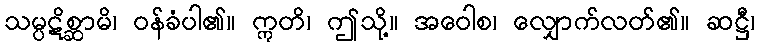
သမ္ပဋိစ္ဆာမိ၊ ဝန်ခံပါ၏။ ဣတိ၊ ဤသို့။ အဝေါစ၊ လျှောက်လတ်၏။ ဆဋ္ဌီ၊